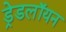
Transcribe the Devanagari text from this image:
ड्रेडलॉयन